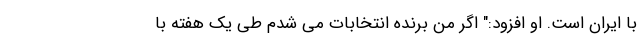
با ایران است. او افزود:" اگر من برنده انتخابات می شدم طی یک هفته با